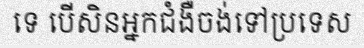
ទេ បើសិនអ្នកជំងឺចង់ទៅប្រទេស